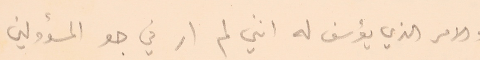
والامر الذي يؤسف له انني لم ار في جو المسؤولين